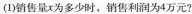
(1)销售量x为多少时，销售利润为4万元?